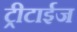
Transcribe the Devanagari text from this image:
ट्रीटाईज